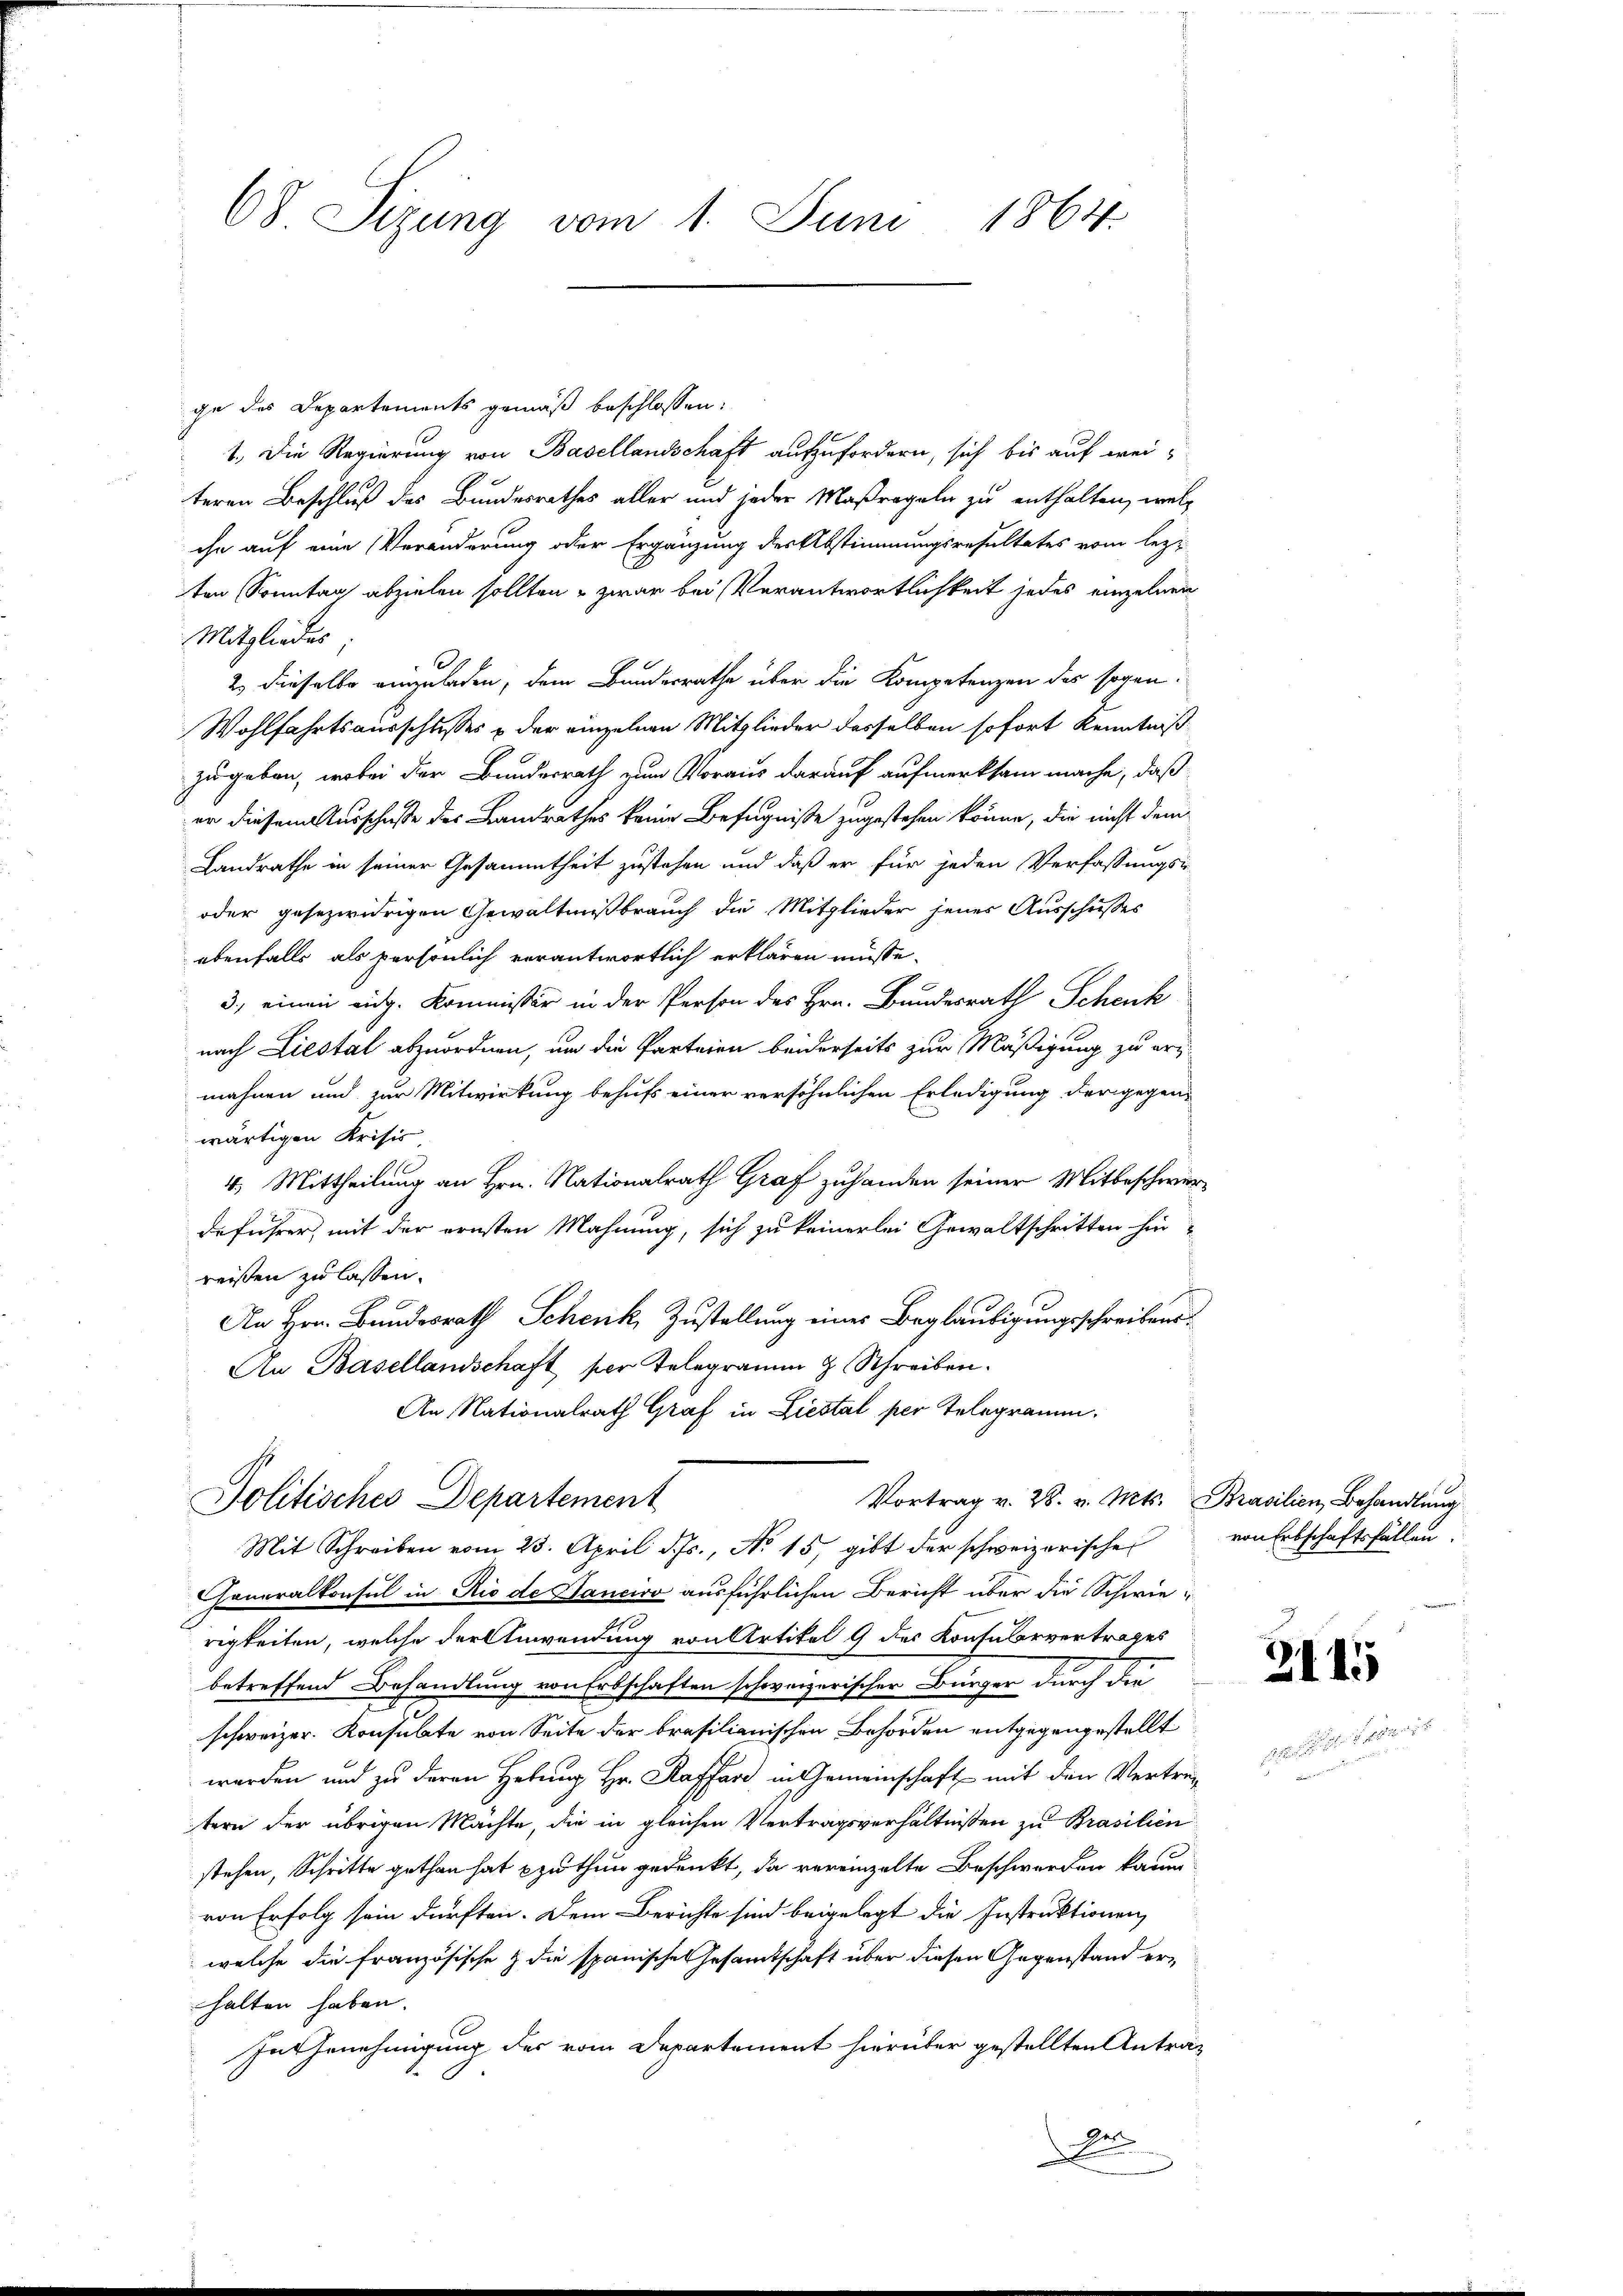
68 Sizung vom 1. Juni 1864.

ge des Departements gemäß beschlossen:
1. Die Regierung von Basellandschaft aufzufordern, sich bis auf weiteren Beschluß des Bundesrathes aller und jeder Maßregeln zu enthalten, welc
che auf eine Veränderung oder Ergänzung der Abstimmungsresultates vom lezt
ten Sonntag abzielen sollten - zwar bei Verantwortlichkeit jedes einzelnen
Mitgliedes.
2.) dieselbe einzuladen, dem Bundesrathe über die Kompetenzen des sogen¬
Wohlfahrtsausschlusses & der einzelnen Mitglieder desselben sofort Kenntniß
zugeben, wobei der Bundesrath zum Voraus darauf aufmerksam mache, daß
er diesem Ausschuße des Landrathes keine Befugniße zugestehen könne, die nicht dem
Landrathe in seiner Gesammtheit zustehen und daß er für jeden Verfassungs-
oder gesezwidrigen Gewältnißbrauch die Mitglieder jenes Ausschusses
ebenfalls als persönlich verantwortlich erklären müsse.
3., einen eidg. Kommissär in der Person des Hrn. Bundesrath Schenk
nach Liestal abzuordnen, um die Parteien beiderseits zur Mäßigung zu eri
mahnen und zur Mitwirkung behufs einer versöhnlichen Erledigung der gegenwärtigen Krisis
4. Mittheilung an Hrn. Nationalrath Graf zuhanden seiner Mitbeschwerdeführer, mit der ernsten Mahnung, sich zu keinerlei Gewaltschritten hinreißen zu lassen.
e
An Hrn. Bundesrath Schenk, Zustellung eines Beglaubigungsschreibens¬
An Basellandschaft per Telegramm & Schreiben.
An Nationalrath Graf in Liestal per Telegramm.
Vortrag v. 28. v. Mts. Brasilien, Behandlung
Politisches Departement
Mit Schreiben vom 23. April d. Js., No 15, gibt der schweizerische von Erbschaftsfällen
honeralkonsul in Rio de Dancivo ausführlichen Bericht über die Schwierigkeiten, welche der Anwendung von Artikel 9 des Konsularvertrages
betreffend Behandlung von Erbschaften schweizerischer Bürger durch die
schweizer. Konsulate von Seite der brasilianischen Behörden entgegengestellt
werden und zu deren Hebung Hr. Raffar in Gemeinschaft mit den Vertretern der übrigen Mächte, die in gleichen Vertragsverhältnissen zu Brasilien
stehen, Schritte gethan hat zu thun gedenkt, da vereinzelte Beschwerden kaum
von Erfolg sein dürften. Dem Berichte sind beigelegt die Instruktionen
welche die französische & die spanische Gesamtschaft über diesen Gegenstand erhalten haben.
In Genehmigung des vom Departement hierüber gestellten Anträg
e

3415